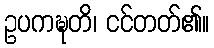
ဥပကဍ္ဎတိ၊ ငင်တတ်၏။